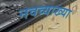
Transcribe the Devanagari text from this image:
नवव्याख्या